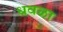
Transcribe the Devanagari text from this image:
धवळा